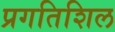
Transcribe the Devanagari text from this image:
प्रगतिशिल